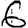
Digit: 6